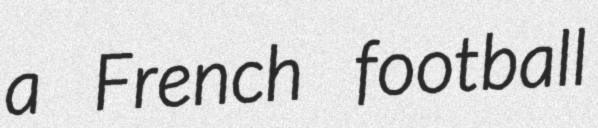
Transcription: a French football